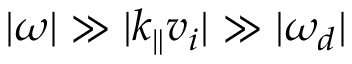
\lvert \omega \rvert \gg \lvert k _ { \parallel } v _ { i } \rvert \gg \lvert \omega _ { d } \rvert